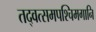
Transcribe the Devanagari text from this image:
तद्वत्समपश्चिमगानि